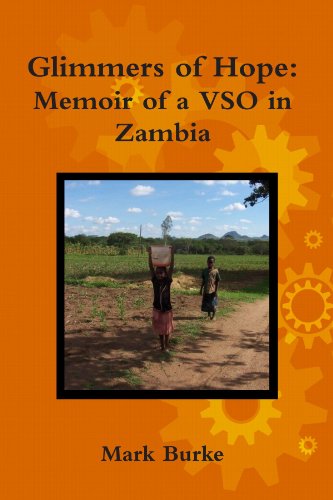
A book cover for Glimmers of Hope : Memoir of a VSO in Zambia; Mark Burke; Travel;